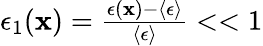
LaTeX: \begin{array}{r}{\epsilon_{1}({\mathbf x})=\frac{\epsilon({\mathbf x})-\left\langle\epsilon\right\rangle}{\left\langle\epsilon\right\rangle}<<1}\end{array}